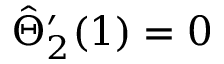
\hat { \Theta } _ { 2 } ^ { \prime } ( 1 ) = 0